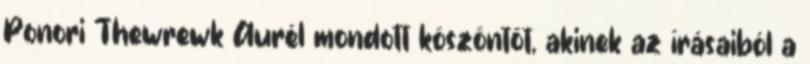
Ponori Thewrewk Aurél mondott köszöntõt, akinek az írásaiból a